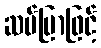
ဆပ်ပြာဖြင့်